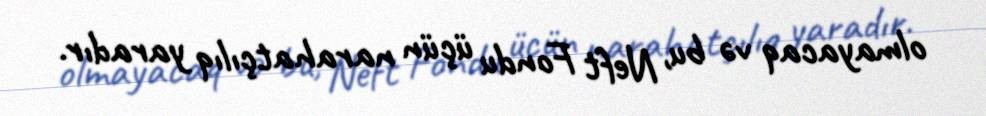
olmayacaq və bu, Neft Fondu üçün narahatçılıq yaradır.